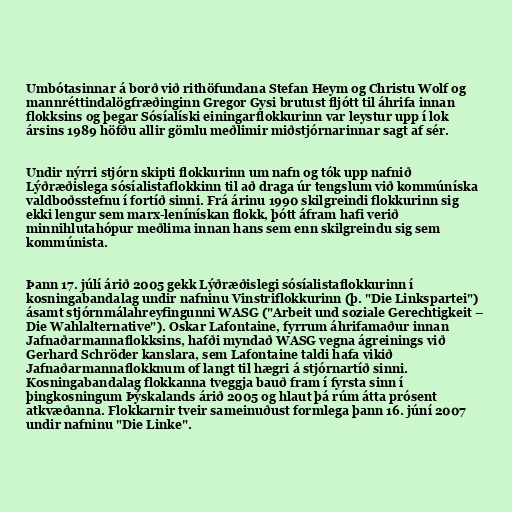
Umbótasinnar á borð við rithöfundana Stefan Heym og Christu Wolf og
mannréttindalögfræðinginn Gregor Gysi brutust fljótt til áhrifa innan
flokksins og þegar Sósíalíski einingarflokkurinn var leystur upp í lok
ársins 1989 höfðu allir gömlu meðlimir miðstjórnarinnar sagt af sér.

Undir nýrri stjórn skipti flokkurinn um nafn og tók upp nafnið
Lýðræðislega sósíalistaflokkinn til að draga úr tengslum við kommúníska
valdboðsstefnu í fortíð sinni. Frá árinu 1990 skilgreindi flokkurinn sig
ekki lengur sem marx-lenínískan flokk, þótt áfram hafi verið
minnihlutahópur meðlima innan hans sem enn skilgreindu sig sem
kommúnista.

Þann 17. júlí árið 2005 gekk Lýðræðislegi sósíalistaflokkurinn í
kosningabandalag undir nafninu Vinstriflokkurinn (þ. "Die Linkspartei")
ásamt stjórnmálahreyfingunni WASG ("Arbeit und soziale Gerechtigkeit –
Die Wahlalternative"). Oskar Lafontaine, fyrrum áhrifamaður innan
Jafnaðarmannaflokksins, hafði myndað WASG vegna ágreinings við
Gerhard Schröder kanslara, sem Lafontaine taldi hafa vikið
Jafnaðarmannaflokknum of langt til hægri á stjórnartíð sinni.
Kosningabandalag flokkanna tveggja bauð fram í fyrsta sinn í
þingkosningum Þýskalands árið 2005 og hlaut þá rúm átta prósent
atkvæðanna. Flokkarnir tveir sameinuðust formlega þann 16. júní 2007
undir nafninu "Die Linke".